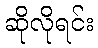
ဆိုလိုရင်း